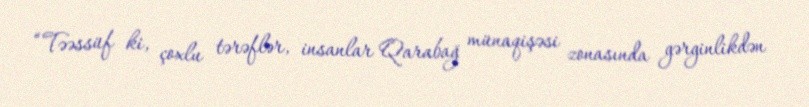
“Təəssüf ki, çoxlu tərəflər, insanlar Qarabağ münaqişəsi zonasında gərginlikdən